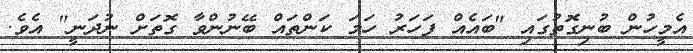
އެމީހުން ބުނިގޮތުގައި "ބައެއް ފަހަރު ހަމަ ކަންތައް ބޭނުންވާ ގޮތަށް ނުދަނީ" އެވެ.